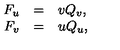
\begin{array} { r c l } { F _ { u } } & { = } & { v Q _ { v } , } \\ { F _ { v } } & { = } & { u Q _ { u } , } \\ \end{array}